Civil Veterinary Dept. Bombay admin report 1900-1906 - 1900-1906
Year: 1900
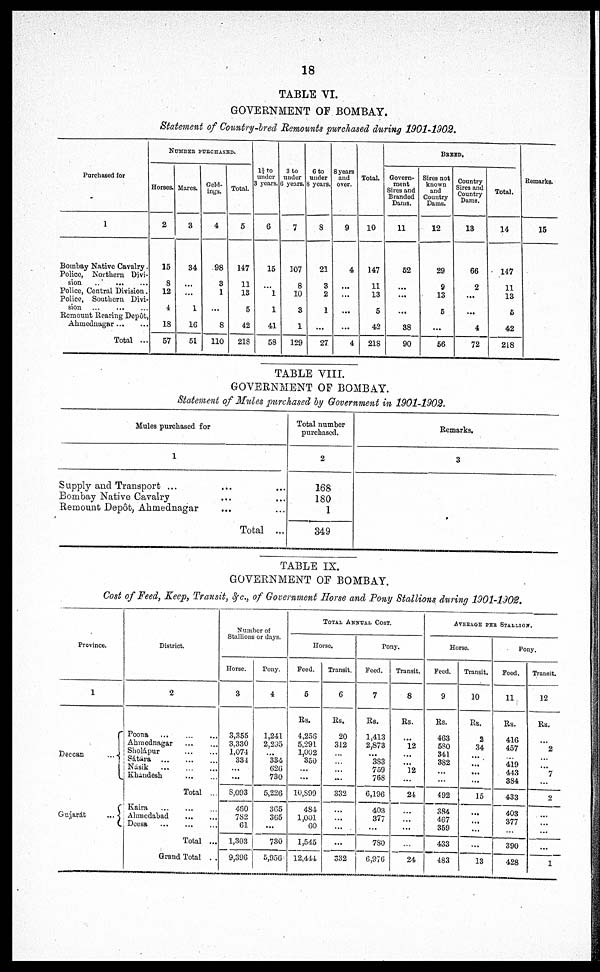
18
TABLE VI.
GOVERNMENT OF BOMBAY.
Statement of Country-bred Remounts purchased during 1901-1902.
Purchased for
1
Bombay Native Cavalry.
Police, Northern Divi-
sion
..
...
...
Police, Central Division.
Police, Southern Divi-
sion ... ... ...
Remount Rearing Depôt
Ahmednagar
...
...
Total ...
NUMBER PURCHASED.
Horses.
2
15
8
12
4
18
57
Mares.
3
34
...
...
1
16
51
Geld-
ings.
4
98
3
1
...
8
110
Total.
5
147
11
13
5
42
218
1½ to
under
3 years.
6
15
...
1
1
41
58
3 to
under
6 years.
7
107
8
10
3
1
129
6 to
under
8 years.
8
21
3
2
1
...
27
8 years
and
over.
9
4
...
...
...
...
4
Total.
10
147
11
13
5
42
218
BREED.
Govern-
ment
Sires and
Branded
Dams.
11
52
...
...
...
38
90
Sires not
known
and
Country
Dams.
12
29
9
13
5
...
56
Sires and
Country
Dams.
13
66
2
...
...
4
72
Total.
14
147
11
13
5
42
218
Remarks.
15
TABLE VIII.
GOVERNMENT OF BOMBAY.
Statement of Mules purchased by Government in 1901-1902.
Mules purchased for
1
Supply and Transport ... ... ...
Bombay Native Cavalry ... ...
Remount Depôt, Ahmednagar ... ...
Total ...
Total number
purchased.
2
168
180
1
349
Remarks.
3
TABLE IX.
GOVERNMENT OF BOMBAY.
Cost of Feed, Keep, Transit, &c., of Government Horse and Pony Stallions during 1901-1902.
Province.
1
Deecan ...
Gujarát
...
District.
2
Poona
...
...
...
Ahmednagar ... ...
Sholápur
...
...
Sátára
...
...
...
Násik
...
...
...
Khandesh
...
...
Total ...
Kaira ... ... ...
Ahmedabad ... ...
Deesa
...
...
...
Total ...
Grand Total
...
Number of
Stallions or days.
Horse.
3
3,355
3,330
1,071
334
...
...
8,093
480
782
61
1,303
9,396
Pony.
4
1,241
2,205
...
334
626
730
5,226
365
365
...
730
6,950
TOTAL ANNUAL COST.
Horse.
Feed.
5
Rs.
4,256
5,291
1,002
350
...
...
10,899
484
1,001
60
1,545
12,444
Transit.
6
Rs.
20
312
...
...
...
...
332
...
...
...
...
332
Pony.
Feed.
7
Rs.
1,413
2,873
...
383
759
768
6,196
403
377
...
780
6,376
Transit.
8
Rs.
...
12
...
...
12
...
24
...
...
...
...
24
AVERAGE PER STALLION.
Horse.
Feed.
9
Rs.
463
580
341
382
...
...
492
384
467
359
433
483
Transit.
10
Rs.
2
34
...
...
...
...
15
...
...
...
...
13
Pony.
Feed.
11
Rs.
416
457
...
419
443
384
433
403
377
...
390
428
Transit.
12
Rs.
...
2
...
...
7
...
2
...
...
...
...
1